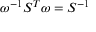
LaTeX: \omega ^ { - 1 } S ^ { T } \omega = S ^ { - 1 }